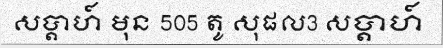
សប្តាហ៍ មុន 505 តូ សុផល3 សប្តាហ៍